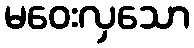
မဝေးလှသော